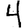
Digit: 4